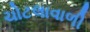
ચોટલાવાળી